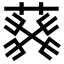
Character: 𦮙